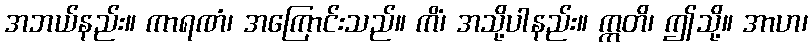
အဘယ်နည်း။ ကာရဏံ၊ အကြောင်းသည်။ ကိံ၊ အသို့ပါနည်း။ ဣတိ၊ ဤသို့။ အာဟ၊